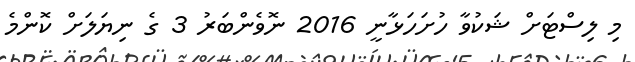
މި ލިސްޓަށް ޝަކުވާ ހުށަހަޅާނީ 2016 ނޮވެންބަރު 3 ގެ ނިޔަލަށް ކޮންމެ